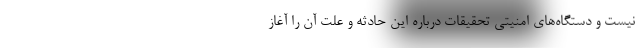
نیست و دستگاه‌های امنیتی تحقیقات درباره این حادثه و علت آن را آغاز